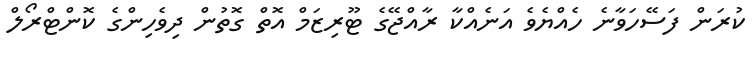
ކުރަން ފަސޭހަވާނެ ހެއްޔެވެ އަނެއްކާ ރާއްޖޭގެ ޓޫރިޒަމް އޮތް ގޮތުން ދިވެހިންގެ ކޮންޓްރޯލް